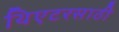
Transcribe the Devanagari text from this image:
थिएटरसाठी